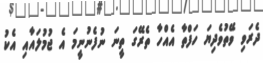
ދެރަވި ވޭތުވެދިޔަ ހަފްތާ އެއްހާ ތެރޭގަ ތީނަ ނުފެނުނީމަ އެ ޖުމުލައާއި އެކު